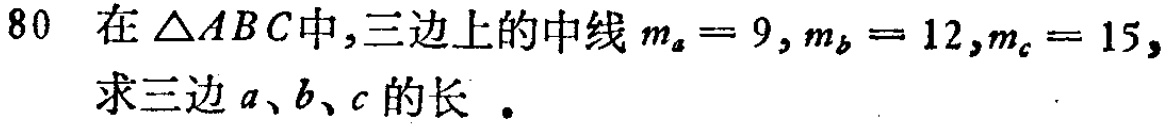
80 在\(\triangle ABC\)中,三边上的中线\(m_{a}=9,m_{b}=12,m_{c}=15,\)
求三边\(a、b、c\)的长 。